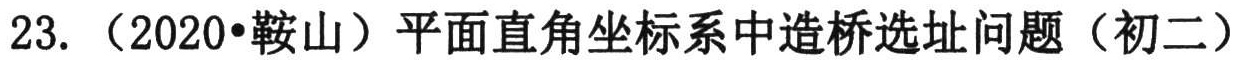
23. （2020•鞍山）平面直角坐标系中造桥选址问题（初二）